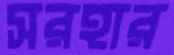
সরহার